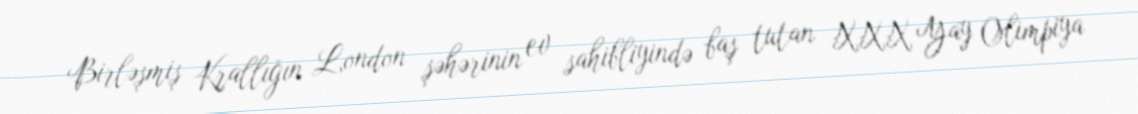
Birləşmiş Krallığın London şəhərinin ev sahibliyində baş tutan XXX Yay Olimpiya